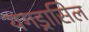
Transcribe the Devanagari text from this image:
यगड्रासिल